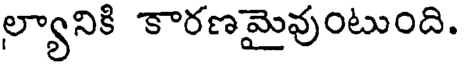
ల్యానికి కారణమైవుంటుంది.